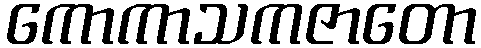
ကောကာသကဇာတော